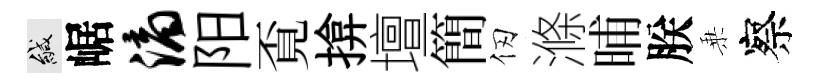
緘崌滴阳覔揜壇簡仞滌晡朕乗察